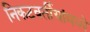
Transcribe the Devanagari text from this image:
निकटवर्तीयांमध्ये